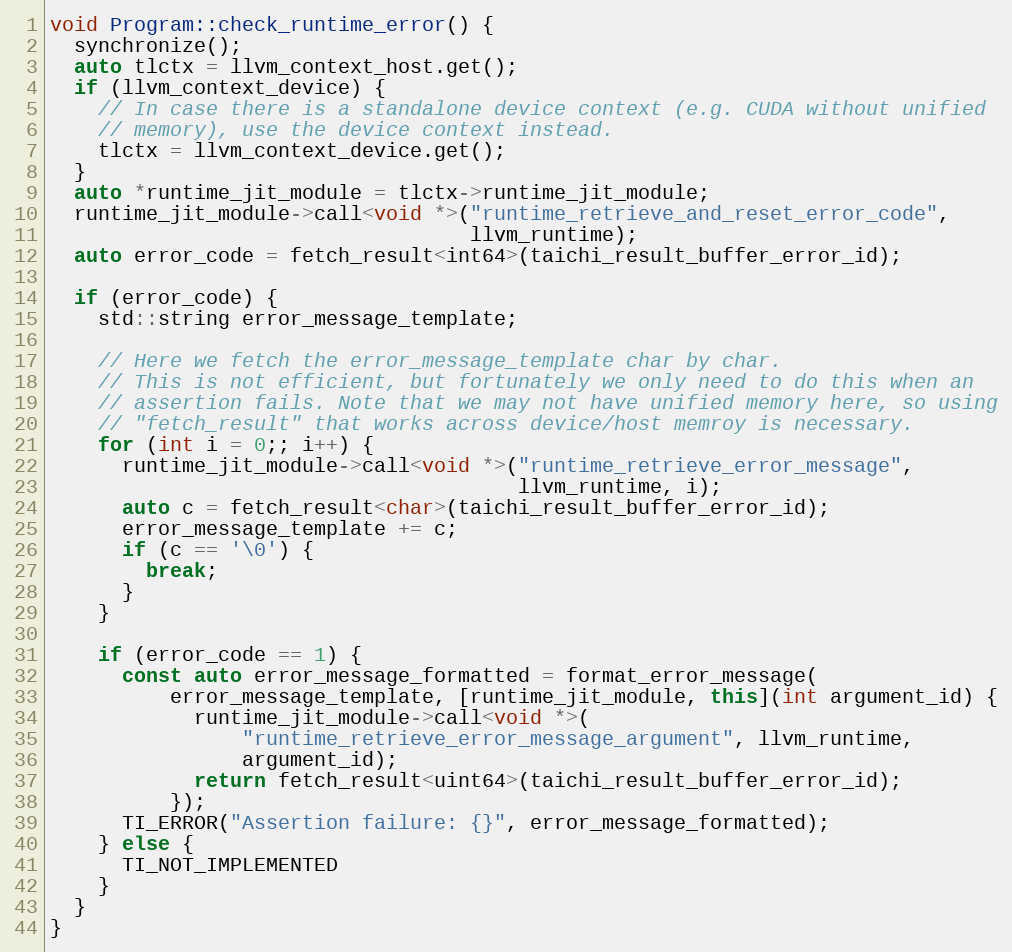
Language: C++
void Program::check_runtime_error() {
  synchronize();
  auto tlctx = llvm_context_host.get();
  if (llvm_context_device) {
    // In case there is a standalone device context (e.g. CUDA without unified
    // memory), use the device context instead.
    tlctx = llvm_context_device.get();
  }
  auto *runtime_jit_module = tlctx->runtime_jit_module;
  runtime_jit_module->call<void *>("runtime_retrieve_and_reset_error_code",
                                   llvm_runtime);
  auto error_code = fetch_result<int64>(taichi_result_buffer_error_id);

  if (error_code) {
    std::string error_message_template;

    // Here we fetch the error_message_template char by char.
    // This is not efficient, but fortunately we only need to do this when an
    // assertion fails. Note that we may not have unified memory here, so using
    // "fetch_result" that works across device/host memroy is necessary.
    for (int i = 0;; i++) {
      runtime_jit_module->call<void *>("runtime_retrieve_error_message",
                                       llvm_runtime, i);
      auto c = fetch_result<char>(taichi_result_buffer_error_id);
      error_message_template += c;
      if (c == '\0') {
        break;
      }
    }

    if (error_code == 1) {
      const auto error_message_formatted = format_error_message(
          error_message_template, [runtime_jit_module, this](int argument_id) {
            runtime_jit_module->call<void *>(
                "runtime_retrieve_error_message_argument", llvm_runtime,
                argument_id);
            return fetch_result<uint64>(taichi_result_buffer_error_id);
          });
      TI_ERROR("Assertion failure: {}", error_message_formatted);
    } else {
      TI_NOT_IMPLEMENTED
    }
  }
}